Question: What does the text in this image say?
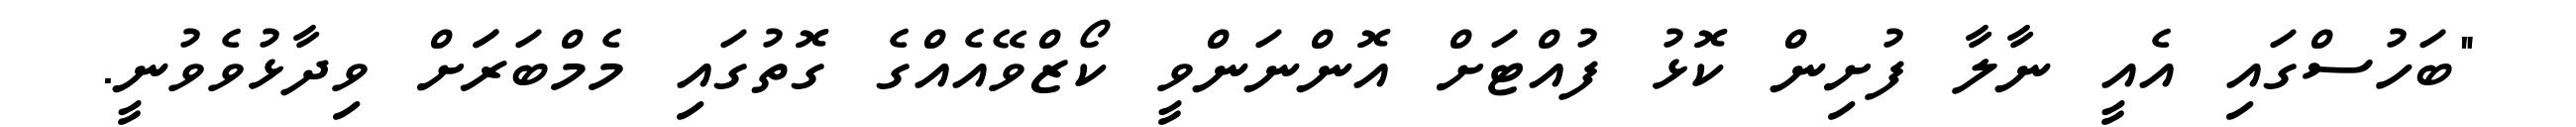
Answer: "ބަހުސްގައި އެއީ ނާލާ ފުށިން ކޮޅު ފުއްޓަށް އޮންނަންވީ ކޯޒްވޭއެއްގެ ގޮތުގައި މެމްބަރަަށް ވިދާޅުވެވުނީ.